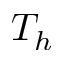
T _ { h }